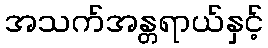
အသက်အန္တရာယ်နှင့်